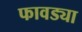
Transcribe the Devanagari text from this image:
फावड्या